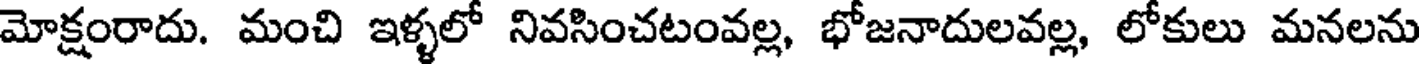
మోక్షంరాదు. మంచి ఇళ్ళలో నివసించటంవల్ల, భోజనాదులవల్ల, లోకులు మనలను